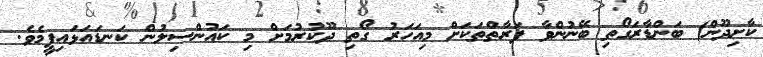
ކާށިދޫން) ބަންޑާރަގޯތި ބޭނުންވާ ފަރާތްތަކަށް މިއަހަރު ގޯތި ދޫކުރުމަށް މި ކައުންސިލުން ކަނޑައަޅައިފީމެވެ.